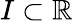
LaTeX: I\subset\mathbb{R}